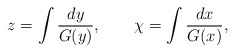
\begin{align*}z = \int \frac{dy}{G(y)}, \qquad \chi = \int \frac{dx}{G(x)},\end{align*}